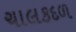
ચાલકદળ